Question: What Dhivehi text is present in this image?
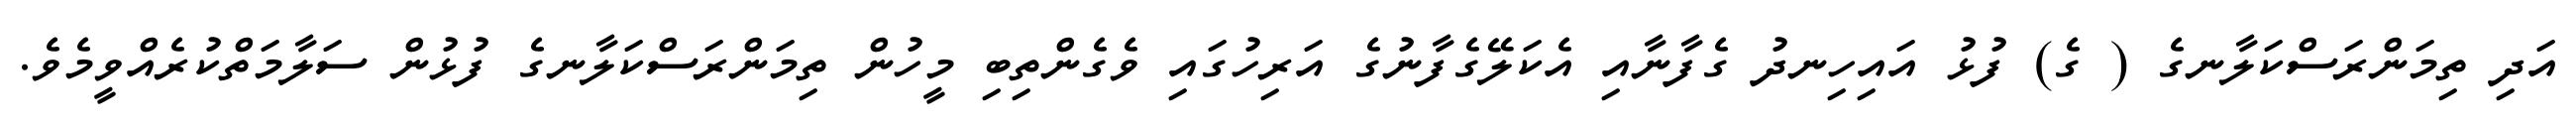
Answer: އަދި ތިމަންރަސްކަލާނގެ ( ގެ) ފުޅު އައިހިނދު ގެފާނާއި އެކަލޭގެފާނުގެ އަރިހުގައި ވެގެންތިބި މީހުން ތިމަންރަސްކަލާނގެ ފުޅުން ސަލާމަތްކުރެއްވީމެވެ.